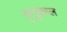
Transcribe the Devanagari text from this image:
गुन्टुकाल